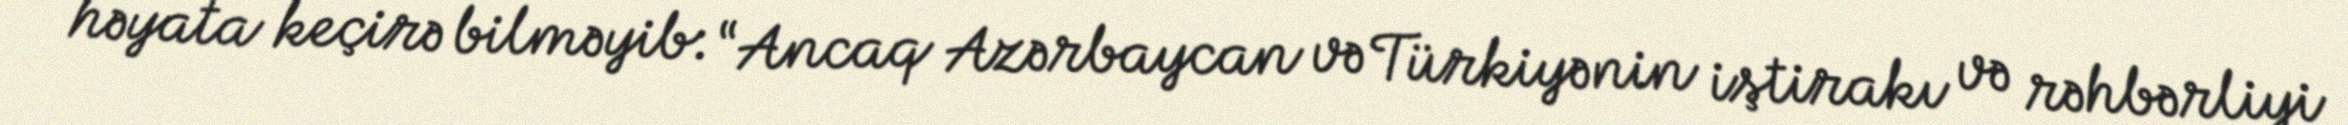
həyata keçirə bilməyib: “Ancaq Azərbaycan və Türkiyənin iştirakı və rəhbərliyi